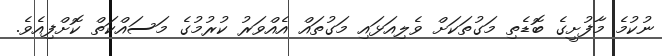
ނުކުމެ މާފުށީގެ ބޮޑެތި މަގުތަކަށް ވެލިއަޅައި މަގުތައް އެއްވަރު ކުރުމުގެ މަސައްކަތް ކޮށްފިއެވެ.